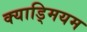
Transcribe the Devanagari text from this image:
क्याड्मियम